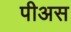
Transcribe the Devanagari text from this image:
पीअस